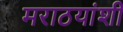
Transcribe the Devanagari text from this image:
मराठयांशी